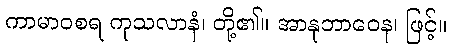
ကာမာဝစရ ကုသလာနံ၊ တို့၏။ အာနုဘာဝေန၊ ဖြင့်။